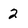
Character: 2